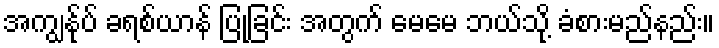
အကျွန်ုပ် ခရစ်ယာန် ပြုခြင်း အတွက် မေမေ ဘယ်သို့ ခံစားမည်နည်း။